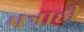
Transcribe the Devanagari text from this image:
पत्राही